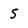
Character: 5